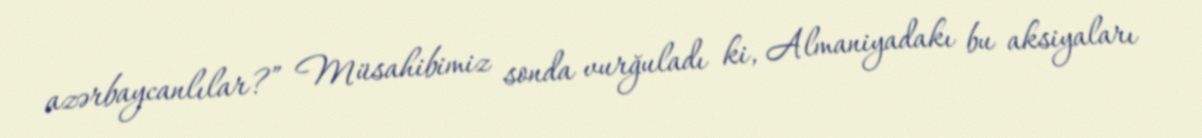
azərbaycanlılar?” Müsahibimiz sonda vurğuladı ki, Almaniyadakı bu aksiyaları